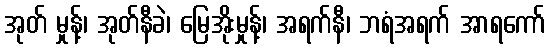
အုတ် မှုန့်၊ အုတ်နီခဲ၊ မြေအိုးမှုန့်၊ အရက်နီ၊ ဘရံအရက် အာရကော်